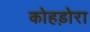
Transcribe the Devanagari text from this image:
कोहड़ोरा